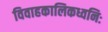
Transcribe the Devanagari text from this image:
विवाहकालिकध्वनिः